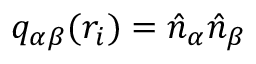
q _ { \alpha \beta } ( r _ { i } ) = \hat { n } _ { \alpha } \hat { n } _ { \beta }